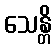
သေန္တိ